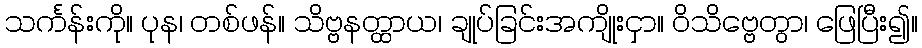
သင်္ကန်းကို။ ပုန၊ တစ်ဖန်။ သိဗ္ဗနတ္ထာယ၊ ချုပ်ခြင်းအကျိုးငှာ။ ဝိသိဗ္ဗေတွာ၊ ဖြေပြီး၍။